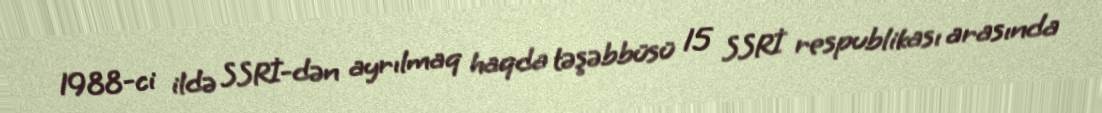
1988-ci ildə SSRİ-dən ayrılmaq haqda təşəbbüsü 15 SSRİ respublikası arasında